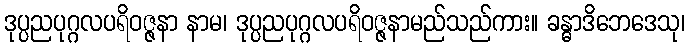
ဒုပ္ပညပုဂ္ဂလပရိဝဇ္ဇနာ နာမ၊ ဒုပ္ပညပုဂ္ဂလပရိဝဇ္ဇနာမည်သည်ကား။ ခန္ဓာဒိဘေဒေသု၊